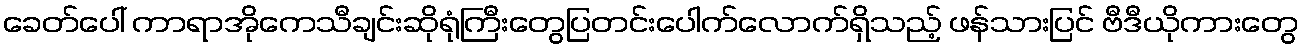
ခေတ်ပေါ် ကာရာအိုကေသီချင်းဆိုရုံကြီးတွေပြတင်းပေါက်လောက်ရှိသည့် ဖန်သားပြင် ဗီဒီယိုကားတွေ